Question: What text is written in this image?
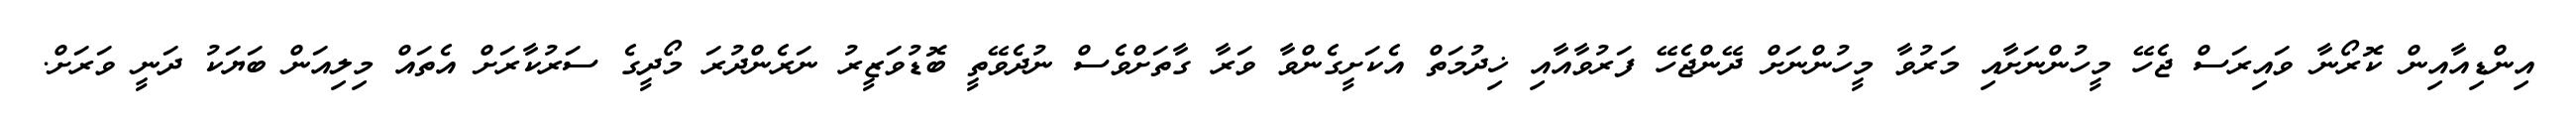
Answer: އިންޑިއާއިން ކޮރޯނާ ވައިރަސް ޖެހޭ މީހުންނަށާއި މަރުވާ މީހުންނަށް ދޭންޖެހޭ ފަރުވާއާއި ޚިދުމަތް އެކަށީގެންވާ ވަރާ ގާތަށްވެސް ނުދެވޭތީ ބޮޑުވަޒީރު ނަރެންދުރަ މޯދީގެ ސަރުކާރަށް އެތައް މިލިއަން ބަޔަކު ދަނީ ވަރަށް.